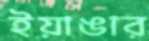
ইয়াঙার